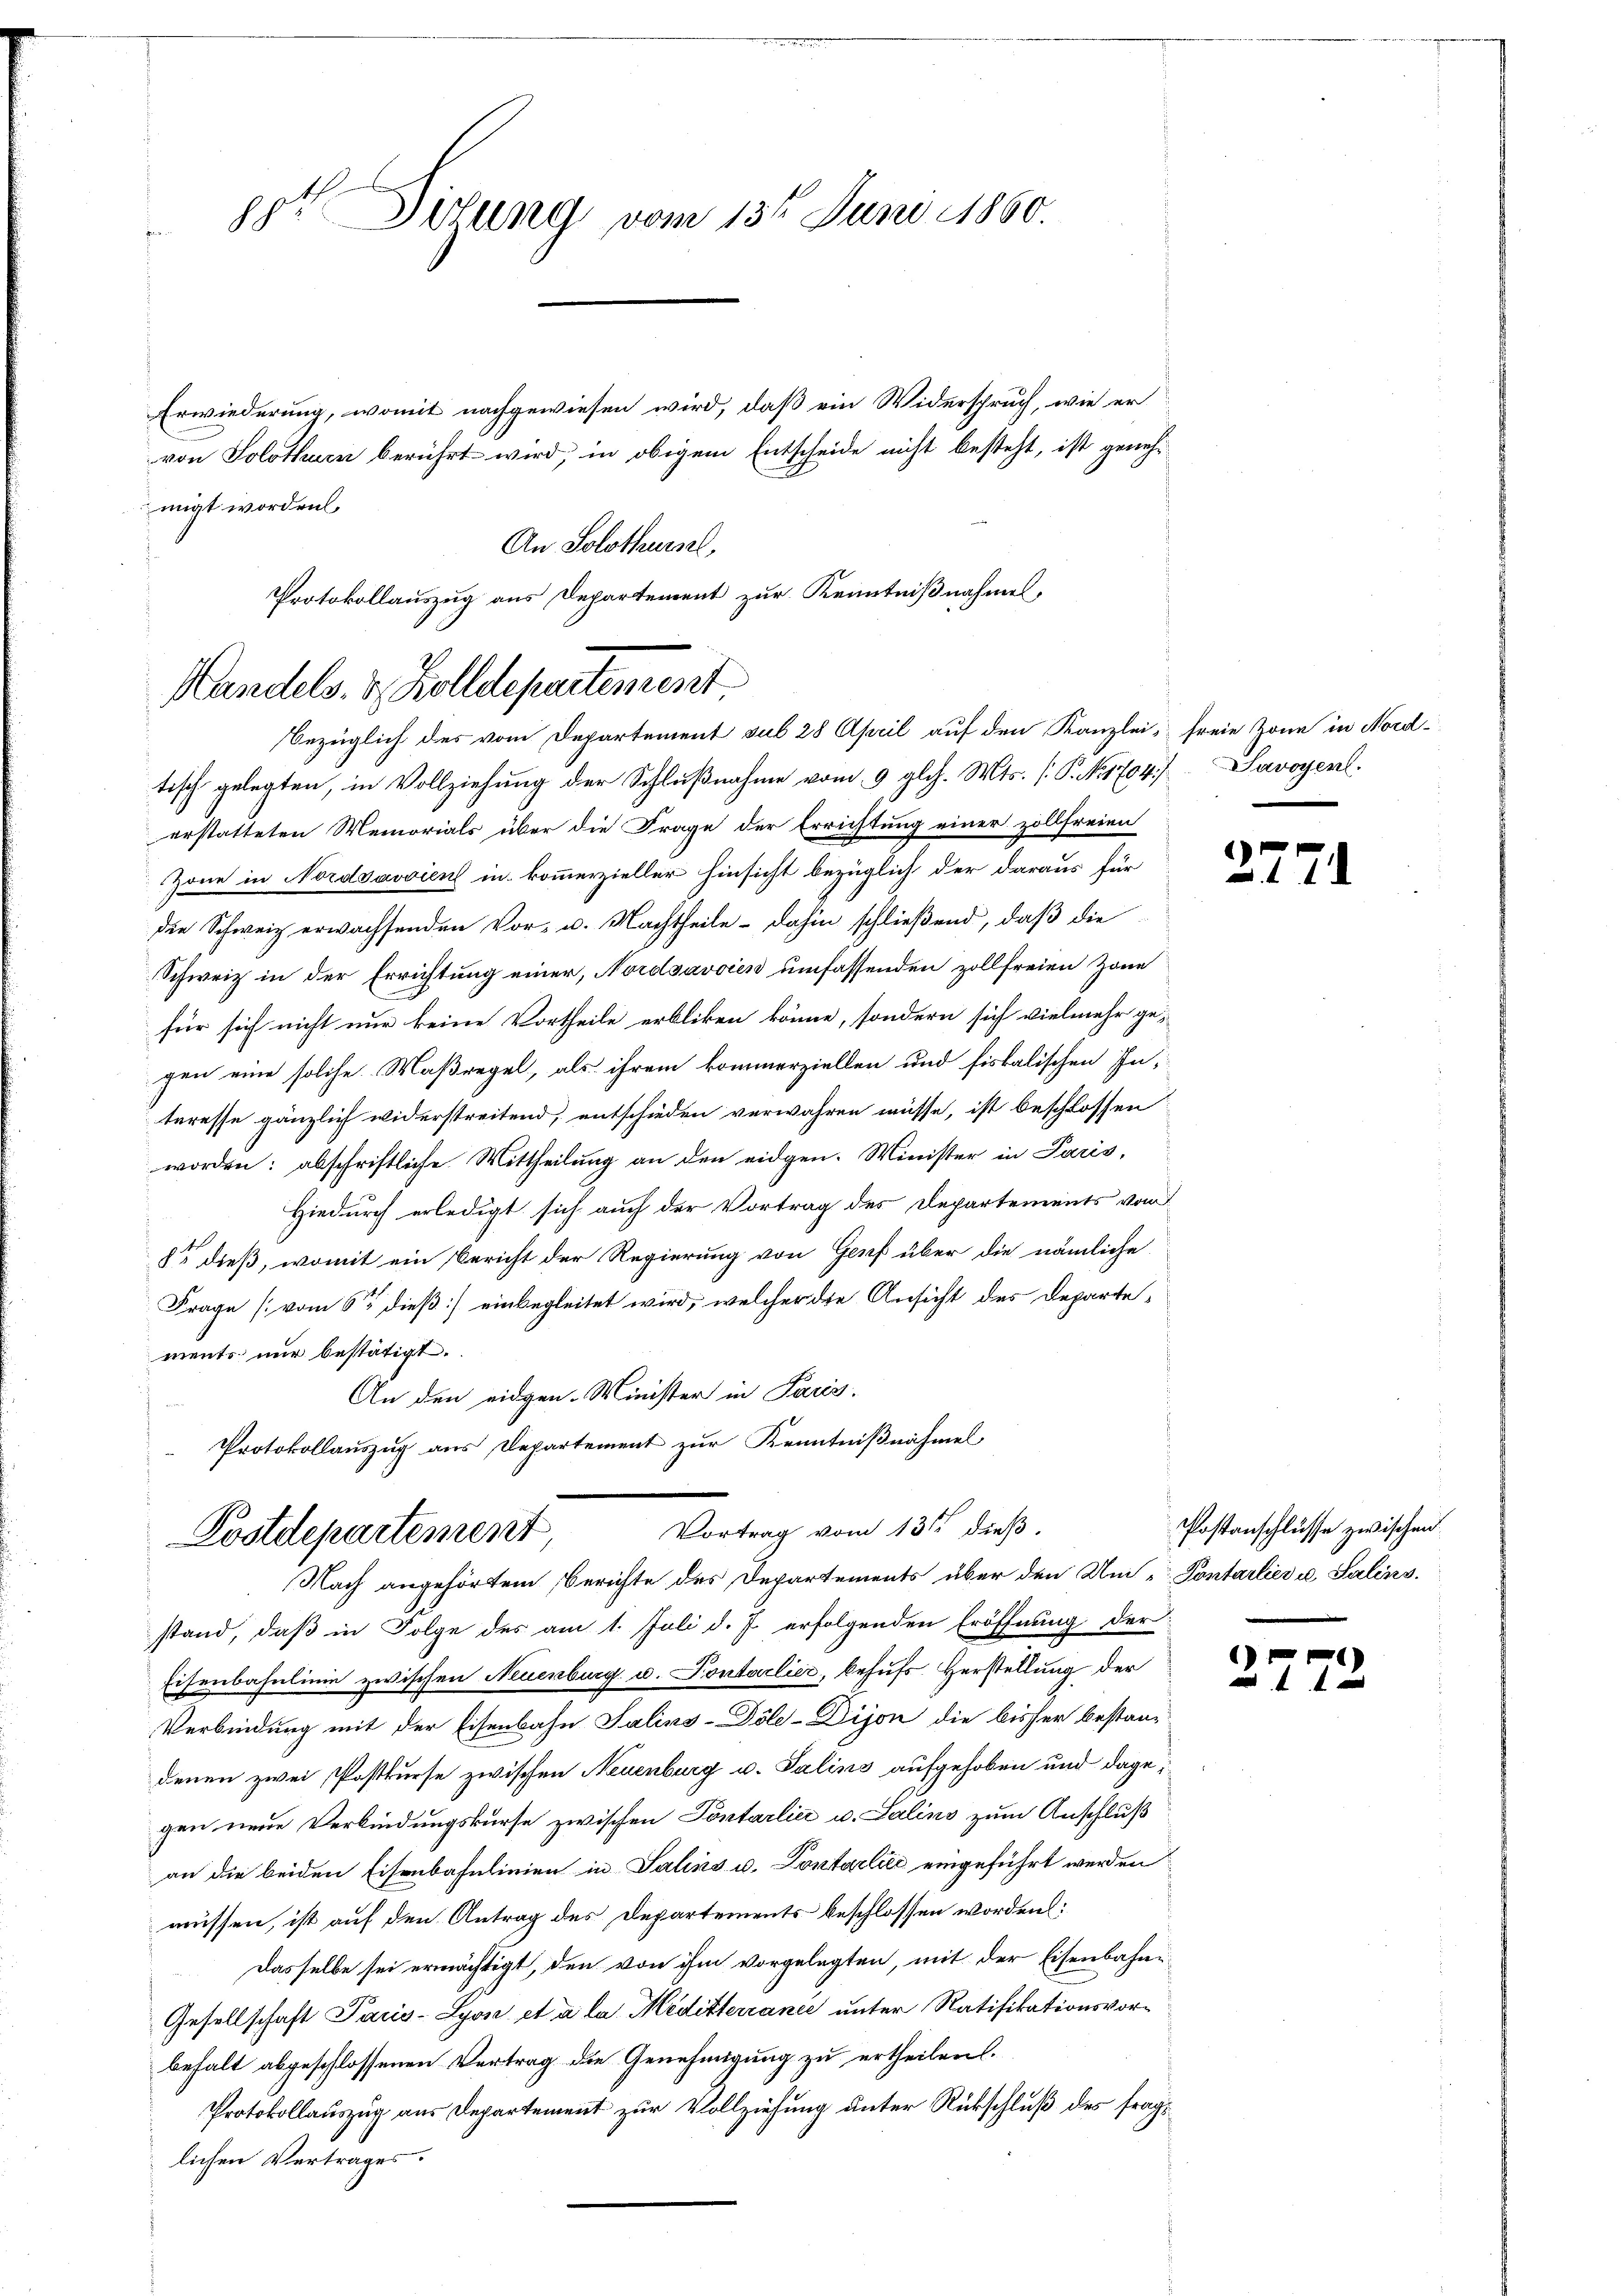
gst. Dilung vom 13t Juni 1860.

Erwiederung, womit nachgewiesen wird, daß ein Widerspruch, wie er
von Solothurn berührt wird, in obigem Entscheide nicht besteht, ist genehmigt worden.
An Solothursel,

Handels. 2 Zolldepartement.
bezüglich des vom Departement sub 28 April auf den Kanzlei freie Zone in Nord-

Postdepartement, Vortrag vom 13ten dieß.
Nach angehörtem Berichte des Departements über den Um „Pontarlies u. Salins.

Protokollauszug aus Departement zur Kenntnißnahmen,

tisch gelegten, in Vollziehung der Schlußnahme vom 9. gl. Mts. (T. No 1704.) Savoyenl.
erstatteten Memorials über die Frage der Errichtung einer zollfreien
Zone in Nordsavvien in kommerzieller Hinsicht bezüglich der daraus für
die Schweiz erwachsenden Vor- u. Nachtheile – dahin schließend, daß die
Schweiz in der Errichtung einer, Nordsavoien umfassenden zollfreien Zone
für sich nicht nur keine Vortheile erbliken könne, sondern sich vielmehr ge-
gen eine solche Maßregel, als ihrem kommerziellen und fiskalischen Interesse gänzlich widerstreitend, entschieden verwahren müsse, ist beschlossen
worden: abschriftliche Mittheilung an den eidgen. Minister in Paris,
Hiedurch erledigt sich auch der Vortrag des Departements vom
8t dieß, womit ein Bericht der Regierung von Genf über die nämliche
Frage [vom 6ten dieß) einbegleitet wird, welcher die Ansicht des Departements nur bestätigt.
An den eidgen. Minister in Paris.
Protokollauszug aus Departement zur Kenntnißnahmel

stand, daß in Folge des am 1. Juli d. J. erfolgenden Eröffnung der
Eisenbahnlinie zwischen Neuenburg u. Pontarlier, behufs Herstellung der
Verbindung mit der Eisenbahn Salins-Döle-Dijon die bisher bestan-
denen zwei Postkurse zwischen Neuenburg u. Salins aufgehoben und dagegen neue Verbindungskurse zwischen Pontarlier u. Salins zum Anschluß
an die beiden Eisenbahnlinien in Salins u. Pontarliić eingeführt werden
müssen, ist auf den Antrag des Departements beschlossen worden:
Dasselbe sei ermächtigt, den von ihm vorgelegten, mit der Eisenbahne
Gesellschaft Pacis-Lyon et à la Médittercance unter Ratifikationsvorbehalt abgeschlossenen Vertrag die Genehmigung zu ertheilen.
Protokollauszug aus Departement zur Vollziehung unter Rückschluß des fraglichen Vertrages.

27

2

f 0 x

Postanschlüsse zwischen